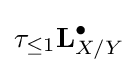
\tau _{\leq 1}\mathbf {L} _{X/Y}^{\bullet }